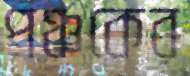
পঞ্চকের